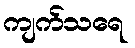
ကျက်သရေ